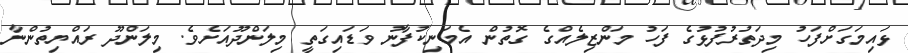
ޅައިމަގަށްފަހު މިދަތުރުފުޅުގެ ފަހު މަންޒިލެއްގެ ގޮތުން އެމަނިކުފާނު ވަޑައިގަތީ މިލަންދޫއަށެވެ. މިލަންދޫ ރައްޔިތުންނާ